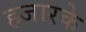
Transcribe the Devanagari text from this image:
हजारके